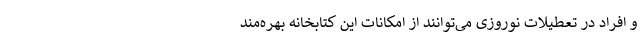
و افراد در تعطیلات نوروزی می‌توانند از امکانات این کتابخانه بهره‌مند